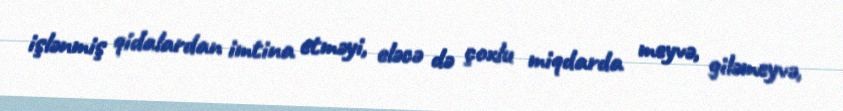
işlənmiş qidalardan imtina etməyi, eləcə də çoxlu miqdarda meyvə, giləmeyvə,